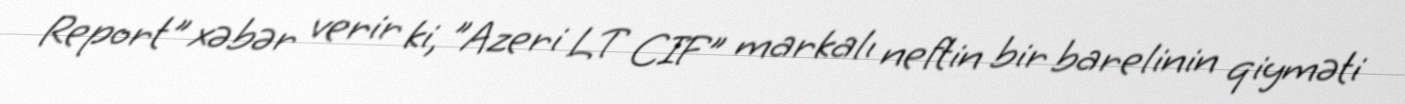
Report" xəbər verir ki, "Azeri LT CIF" markalı neftin bir barelinin qiyməti